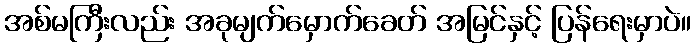
အစ်မကြီးလည်း အခုမျက်မှောက်ခေတ် အမြင်နှင့် ပြန်ရေးမှာပဲ။